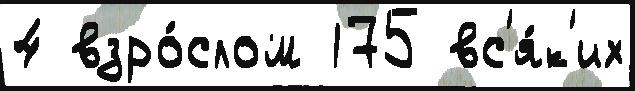
4 взро́слом 175 вс'я́к'их